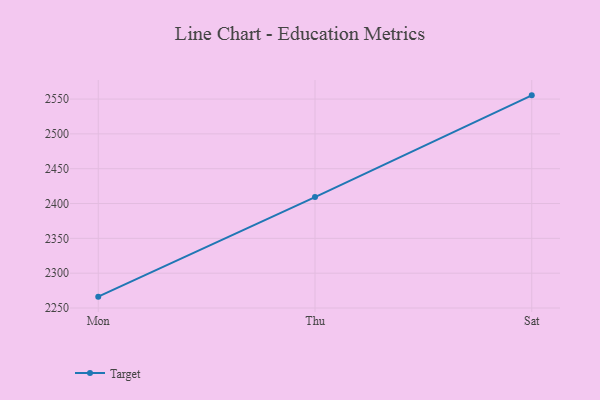
{"axis": {"x": "Day", "y": "Temperature (°C)"}, "legend": ["Target"], "data": [{"x": "Mon", "y": 2266.3, "type": "Target"}, {"x": "Thu", "y": 2409.3, "type": "Target"}, {"x": "Sat", "y": 2555.3, "type": "Target"}]}